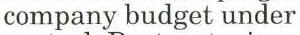
company budget under